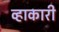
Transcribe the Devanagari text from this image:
व्हाकारी